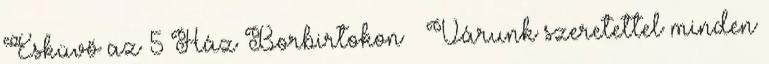
Esküvő az 5 Ház Borbirtokon 💍 Várunk szeretettel minden